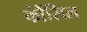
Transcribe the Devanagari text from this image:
कौंंसिल